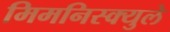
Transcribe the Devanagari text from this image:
मिमनिस्क्युले